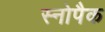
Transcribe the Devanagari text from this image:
स्नोपैक